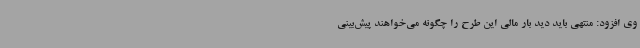
وی افزود: منتهی باید دید بار مالی این طرح را چگونه می‌خواهند پیش‌بینی